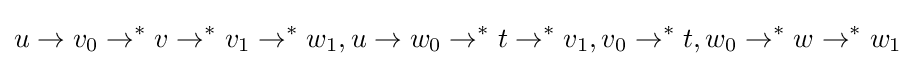
u\to v_{0}\to ^{*}v\to ^{*}v_{1}\to ^{*}w_{1},u\to w_{0}\to ^{*}t\to ^{*}v_{1},v_{0}\to ^{*}t,w_{0}\to ^{*}w\to ^{*}w_{1}